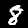
Label: 8